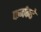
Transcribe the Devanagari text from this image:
फर्मकडे